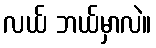
လယ် ဘယ်မှာလဲ။